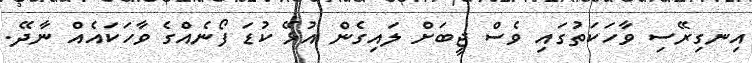
އިނގިރޭސި ވާހަކަތުގައި ވެސް ޖީބަށް ލައިގެން އުޅޭ ކުޑަ ފޯނެއްގެ ވާހަކައެއް ނާދޭ.